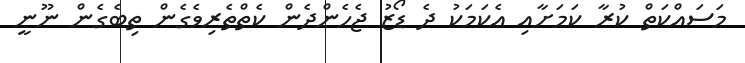
މަސައްކަތް ކުރާ ކަމަށާއި އެކަމަކު ދެ ޑޯޒު ޖެހެންދެން ކެތްތެރިވެގެން ތިބެގެން ނޫނީ